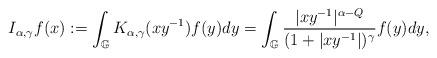
LaTeX: \begin{align*}I_{\alpha,\gamma}f(x):=\int_{\mathbb{G}}K_{\alpha,\gamma}(xy^{-1})f(y)dy=\int_{\mathbb{G}}\frac{|xy^{-1}|^{\alpha-Q}}{(1+|xy^{-1}|)^{\gamma}}f(y)dy,\end{align*}